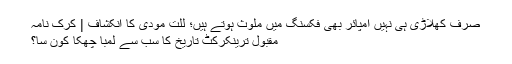
صرف کھلاڑی ہی نہیں امپائر بھی فکسنگ میں ملوث ہوتے ہیں؛ للت مودی کا انکشاف | کرک نامہ
مقبول ترینکرکٹ تاریخ کا سب سے لمبا چھکا کون سا؟